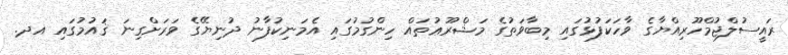
ރައީސުލްޖުމްހޫރިއްޔާގެ ވާހަކަފުޅުގައި މިބާވަތުގެ މަޝްރޫޢުތައް ހިންގުމުގައި އެމަނިކުފާނު ދުނިޔޭގެ ވަރަށްގިނަ ޤައުމުގައި އދ.